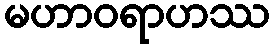
မဟာဝရာဟဿ